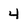
Character: 4